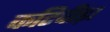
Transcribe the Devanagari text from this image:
कटिपीड़ा